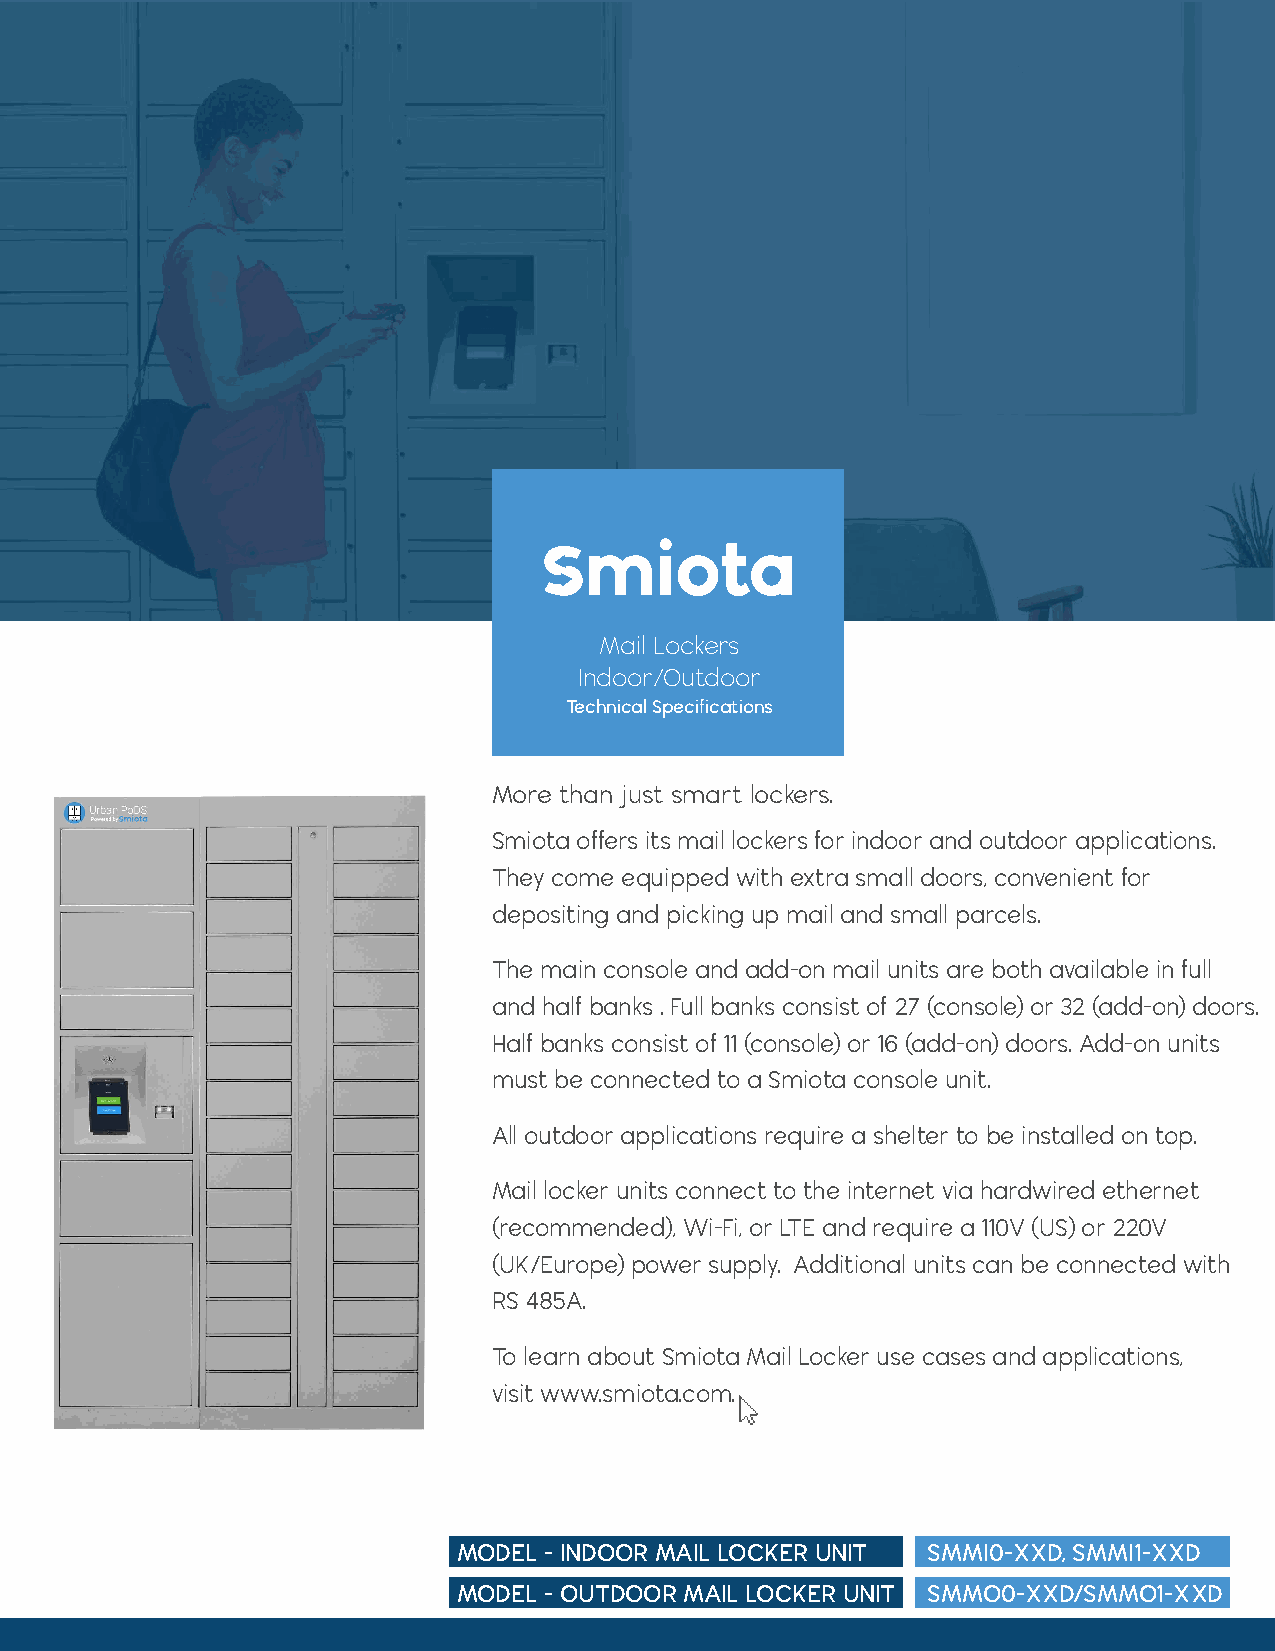
Mail Lockers
 Indoor/Outdoor
 Technical Specifications
 More than just smart lockers.
 Smiota offers its mail lockers for indoor and outdoor applications.
 They come equipped with extra small doors, convenient for
 depositing and picking up mail and small parcels.
 The main console and add-on mail units are both available in full
 and half banks . Full banks consist of 27 (console) or 32 (add-on) doors.
 Half banks consist of 11 (console) or 16 (add-on) doors. Add-on units
 must be connected to a Smiota console unit.
 All outdoor applications require a shelter to be installed on top.
 Mail locker units connect to the internet via hardwired ethernet
 (recommended), Wi-Fi, or LTE and require a 110V (US) or 220V
 (UK/Europe) power supply. Additional units can be connected with
 RS 485A.
 To learn about Smiota Mail Locker use cases and applications,
 visit www.smiota.com.
 MODEL - INDOOR MAIL LOCKER UNIT SMMI0-XXD, SMMI1-XXD
 MODEL - OUTDOOR MAIL LOCKER UNIT SMMO0-XXD/SMMO1-XXD